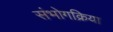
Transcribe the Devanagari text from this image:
संभोगक्रिया